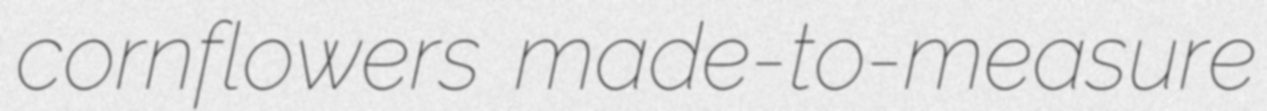
cornflowers made-to-measure